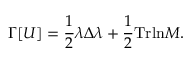
\Gamma [ U ] = \frac { 1 } { 2 } \lambda \Delta \lambda + \frac { 1 } { 2 } \mathrm { T r } \mathrm { l n } { \cal M } .